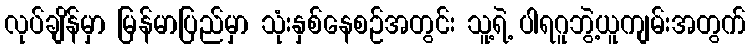
လုပ်ချိန်မှာ မြန်မာပြည်မှာ သုံးနှစ်နေစဉ်အတွင်း သူ့ရဲ့ ပါရဂူဘွဲ့ယူကျမ်းအတွက်